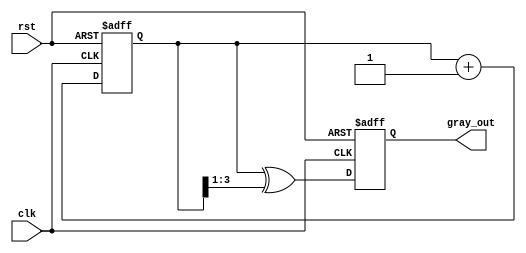
module gray_code_counter #(
    parameter WIDTH = 4 // Width of the binary counter
)(
    input wire clk,       // Clock signal
    input wire rst,       // Asynchronous reset signal
    output reg [WIDTH-1:0] gray_out // Gray code output
);

    reg [WIDTH-1:0] bin_count; // Internal binary counter

    // Gray code conversion function
    function [WIDTH-1:0] binary_to_gray;
        input [WIDTH-1:0] binary;
        begin
            binary_to_gray = binary ^ (binary >> 1);
        end
    endfunction

    // Synchronous logic for counting and Gray code conversion
    always @(posedge clk or posedge rst) begin
        if (rst) begin
            bin_count <= 0; // Initialize binary counter to zero
            gray_out <= binary_to_gray(0); // Initialize Gray code output
        end else begin
            bin_count <= bin_count + 1; // Increment binary counter
            gray_out <= binary_to_gray(bin_count); // Update Gray code output
        end
    end

endmodule